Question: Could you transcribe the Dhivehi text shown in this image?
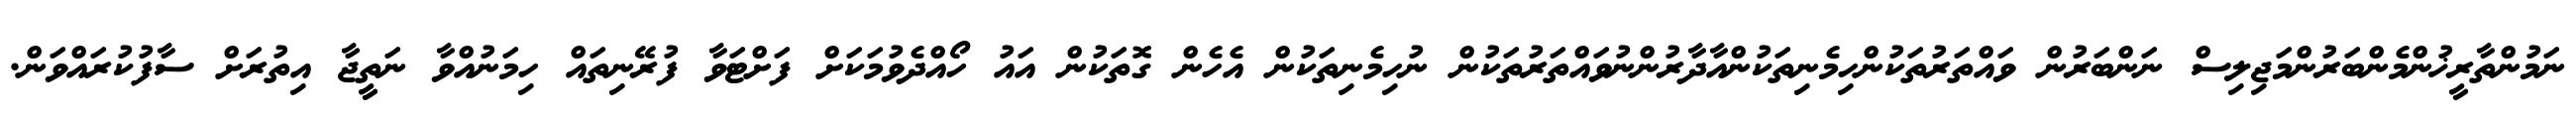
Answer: ނަމުންތާރީޚުންމެންބަރުންމަޖިލިސް ނަންބަރުން ވައްތަރުތަކުންހިމެނިތަކުންއާދާރުންނުވައްތަރުތަކުން ނުހިމެނިތަކުން އެހެން ގޮތަކުން އައު ހޯއްދެވުމަކަށް ފަށްޓަވާ ފުރޭނިތައް ހިމަނުއްވާ ނަތީޖާ އިތުރަށް ސާފުކުރައްވަން.